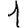
Digit: 1